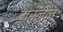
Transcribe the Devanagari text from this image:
डारनेल